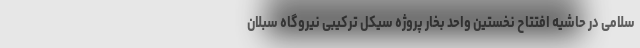
سلامی در حاشیه افتتاح نخستین واحد بخار پروژه سیکل ترکیبی نیروگاه سبلان